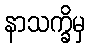
နာသက္ခိမှ